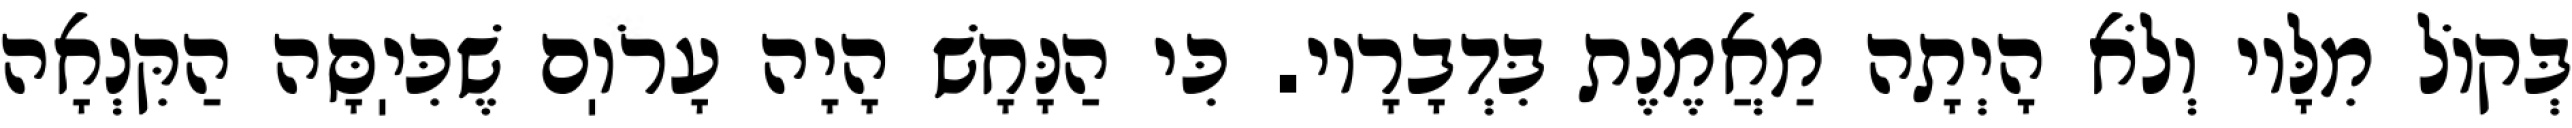
בְּקוֹל מִלָּיו וְלֹא הָיְתָה מַאֲמֶנֶת בִּדְבָרָיו. כִּי הַנָּחָשׁ הָיָה עָרֹוֽם שֶׁכִּיֽסָּה הַקִּנְאָה